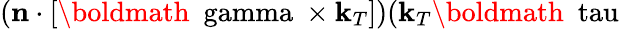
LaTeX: \left(\mathbf{n}\cdot\lbrack\mathbf{{\mathrm{\boldmath~\ gamma~}}}\times\mathbf{k}_{T}]\right)(\mathbf{k}_{T}\mathbf{{\mathrm{\boldmath~\ tau~}}}